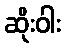
ဆိုးဝါး